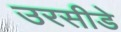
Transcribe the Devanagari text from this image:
उरसीडे